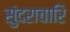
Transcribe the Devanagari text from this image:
सुंदराचारि